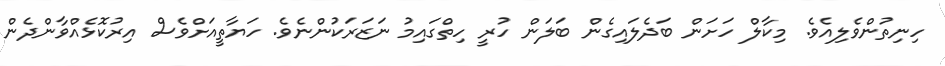
ހިނިތުންވެލިއެވެ. މިކާލް ހަށަން ބަދެލައިގެން ބަލަން ހުރީ ހިތްގައިމު ނަޒަރަކުންނެވެ. ހަޔާތީއަށްވެސް އިރުކޮޅެއްވާންދެން